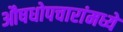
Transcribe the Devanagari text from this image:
औषधोपचारांमध्ये